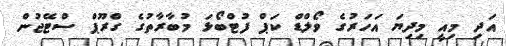
އަދި މިއީ މިދިޔަ އަހަރުގެ ވޯލްޑް ކަޕް ފުޓްބޯޅަ މުބާރާތުގެ ގްރޫޕް ސްޓޭޖުން